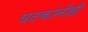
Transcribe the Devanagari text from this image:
घटकांनीही